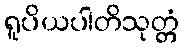
ရူပိယပါတိသုတ္တံ